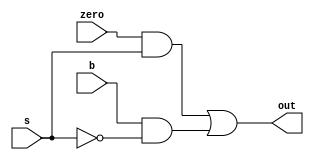
`timescale 1ns / 1ps
//////////////////////////////////////////////////////////////////////////////////
// Company: 
// Engineer: 
// 
// Design Name: 
// Module Name: mux21_32bit
// Project Name: 
// Target Devices: 
// Tool Versions: 
// Description: 
// 
// Dependencies: 
// 
// Revision:
// Revision 0.01 - File Created
// Additional Comments:
// 
//////////////////////////////////////////////////////////////////////////////////

module mux21(out, b, zero, s);
    output out;
    input b, zero, s;
    wire T1, T2, sbar;
    
    not (sbar, s);
    and (T1, zero, s), (T2, b, sbar);
    or (out, T1, T2);
endmodule

module mux21_32bit(Out, A, B, S);
    input [31:0] A;
    input [31:0] B;
    input S;
    output [31:0] Out;
    
    mux21 m1(Out[0], A[0], B[0], S);
    mux21 m2(Out[1], A[1], B[1], S);
    mux21 m3(Out[2], A[2], B[2], S);
    mux21 m4(Out[3], A[3], B[3], S);
    mux21 m5(Out[4], A[4], B[4], S);
    mux21 m6(Out[5], A[5], B[5], S);
    mux21 m7(Out[6], A[6], B[6], S);
    mux21 m8(Out[7], A[7], B[7], S);
    mux21 m9(Out[8], A[8], B[8], S);
    mux21 m10(Out[9], A[9], B[9], S);
    mux21 m11(Out[10], A[10], B[10], S);
    mux21 m12(Out[11], A[11], B[11], S);
    mux21 m13(Out[12], A[12], B[12], S);
    mux21 m14(Out[13], A[13], B[13], S);
    mux21 m15(Out[14], A[14], B[14], S);
    mux21 m16(Out[15], A[15], B[15], S);
    mux21 m17(Out[16], A[16], B[16], S);
    mux21 m18(Out[17], A[17], B[17], S);
    mux21 m19(Out[18], A[18], B[18], S);
    mux21 m20(Out[19], A[19], B[19], S);
    mux21 m21(Out[20], A[20], B[20], S);
    mux21 m22(Out[21], A[21], B[21], S);
    mux21 m23(Out[22], A[22], B[22], S);
    mux21 m24(Out[23], A[23], B[23], S);
    mux21 m25(Out[24], A[24], B[24], S);
    mux21 m26(Out[25], A[25], B[25], S);
    mux21 m27(Out[26], A[26], B[26], S);
    mux21 m28(Out[27], A[27], B[27], S);
    mux21 m29(Out[28], A[28], B[28], S);
    mux21 m30(Out[29], A[29], B[29], S);
    mux21 m31(Out[30], A[30], B[30], S);
    mux21 m32(Out[31], A[31], B[31], S);
endmodule